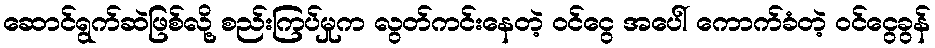
ဆောင်ရွက်ဆဲဖြစ်လို့ စည်းကြပ်မှုက လွတ်ကင်းနေတဲ့ ဝင်ငွေ အပေါ် ကောက်ခံတဲ့ ဝင်ငွေခွန်